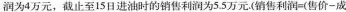
润为4万元，截止至15日进油时的销售利润为5.5万元($$销 售 利 润 = ( 售 价 - 成